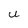
Character: u